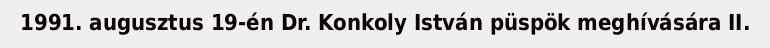
1991. augusztus 19-én Dr. Konkoly István püspök meghívására II.